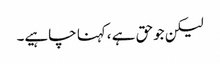
لیکن جوحق ہے ،کہنا چاہیے۔